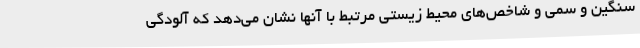
سنگین و سمی و شاخص‌های محیط زیستی مرتبط با آنها نشان می‌دهد که آلودگی